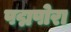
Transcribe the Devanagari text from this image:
पद्मपोरा